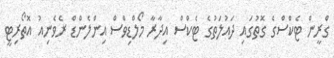
ގްރީން ޓެކްސްގެ ގޮތުގައި ދައުލަތުގެ ޓެކްސް އިދާރާ މޯލްޑިވްސް އިންލެންޑް ރެވެނިއު އޮތޯރިޓީ